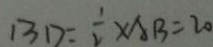
B D = \frac { 1 } { 2 } \times A B = 2 0